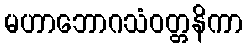
မဟာဘောဂသံဝတ္တနိကာ